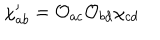
LaTeX: \chi _ { a b } ^ { \prime } = \mathcal { O } _ { a c } \mathcal { O } _ { b d } \chi _ { c d }